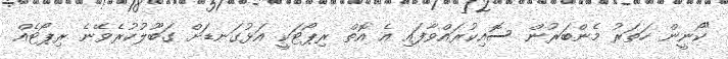
"ކޯނީން ހަތަރު މެންބަރުން ސޮއިކުރައްވާފައި އެ އޮތް ރިޕޯޓަކީ އަޅުގަނޑަށް ގަބޫލުކުރެވޭނެ ރިޕޯޓެއް